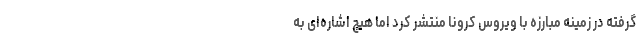
گرفته در زمینه مبارزه با ویروس کرونا منتشر کرد اما هیچ اشاره‌ای به